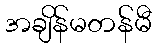
အချိန်မတန်မီ